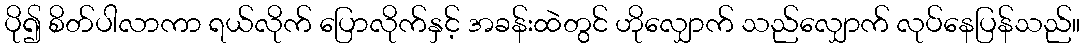
ပို၍ စိတ်ပါလာကာ ရယ်လိုက် ပြောလိုက်နှင့် အခန်းထဲတွင် ဟိုလျှောက် သည်လျှောက် လုပ်နေပြန်သည်။